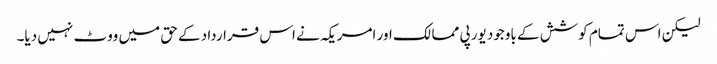
لیکن اس تمام کوشش کے باوجود یورپی ممالک اور امریکہ نے اس قرارداد کے حق میں ووٹ نہیں دیا۔